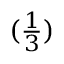
\begin{array} { l } { ( { \frac { 1 } { 3 } } ) } \end{array}